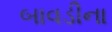
બાવડીના